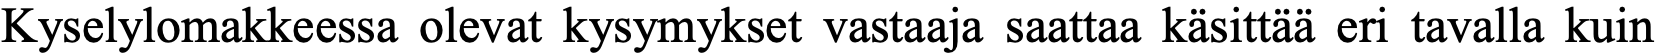
Kyselylomakkeessa olevat kysymykset vastaaja saattaa käsittää eri tavalla kuin